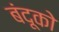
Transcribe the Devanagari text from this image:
बंदूको